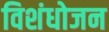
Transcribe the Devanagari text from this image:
विशंधोजन